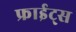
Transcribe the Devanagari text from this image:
फ्राईट्स